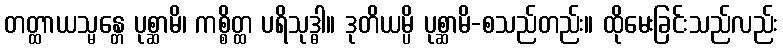
တတ္ထာယသ္မန္တေ ပုစ္ဆာမိ၊ ကစ္စိတ္ထ ပရိသုဒ္ဓါ။ ဒုတိယမ္ပိ ပုစ္ဆာမိ-စသည်တည်း။ ထိုမေးခြင်းသည်လည်း